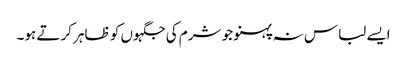
ایسے لباس نہ پہنو جو شرم کی جگہوں کو ظاہر کرتے ہو۔